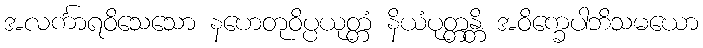
အလင်္ကာရဝိသေသော နဟေတုဝိပ္ပယုတ္တံ နိယံပုတ္တန္တိ အဝိက္ခေပါဘိသမယော